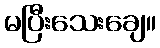
မပြီးသေးချေ။